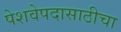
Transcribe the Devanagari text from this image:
पेशवेपदासाठीचा